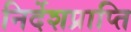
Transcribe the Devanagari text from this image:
निर्देशप्राप्ति